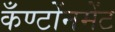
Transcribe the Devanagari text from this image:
कँण्टोंनमेंट